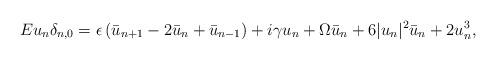
LaTeX: \begin{align*}E u_n \delta_{n,0} = \epsilon \left( \bar{u}_{n+1} - 2 \bar{u}_n + \bar{u}_{n-1} \right) + i \gamma u_n + \Omega \bar{u}_n +6 |u_n|^2 \bar{u}_n + 2 u_n^3, \end{align*}